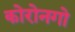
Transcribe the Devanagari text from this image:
कोरोनगो